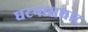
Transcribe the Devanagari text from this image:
घटनासम्राट